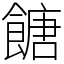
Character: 餹